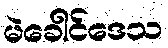
မဲခေါင်ဒေသ